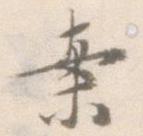
案